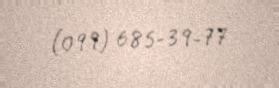
(099) 685-39-77